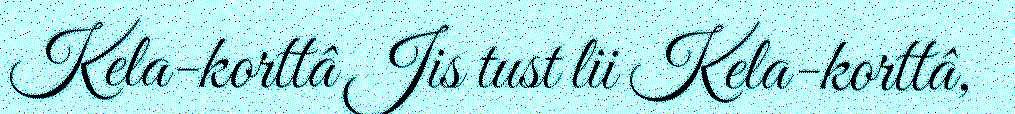
Kela-korttâ Jis tust lii Kela-korttâ,